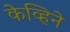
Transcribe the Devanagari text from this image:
केव्हिने